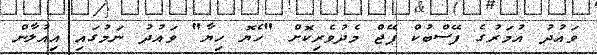
ވައުދު އުމަރުގެ ފޭސްބުކް ޕޭޖް މެދުވެރިކޮށް "ހެޔޮ ހިޔާ" ވައުދު ނަމުގައި އިއުލާން